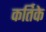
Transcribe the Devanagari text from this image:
कर्तिके